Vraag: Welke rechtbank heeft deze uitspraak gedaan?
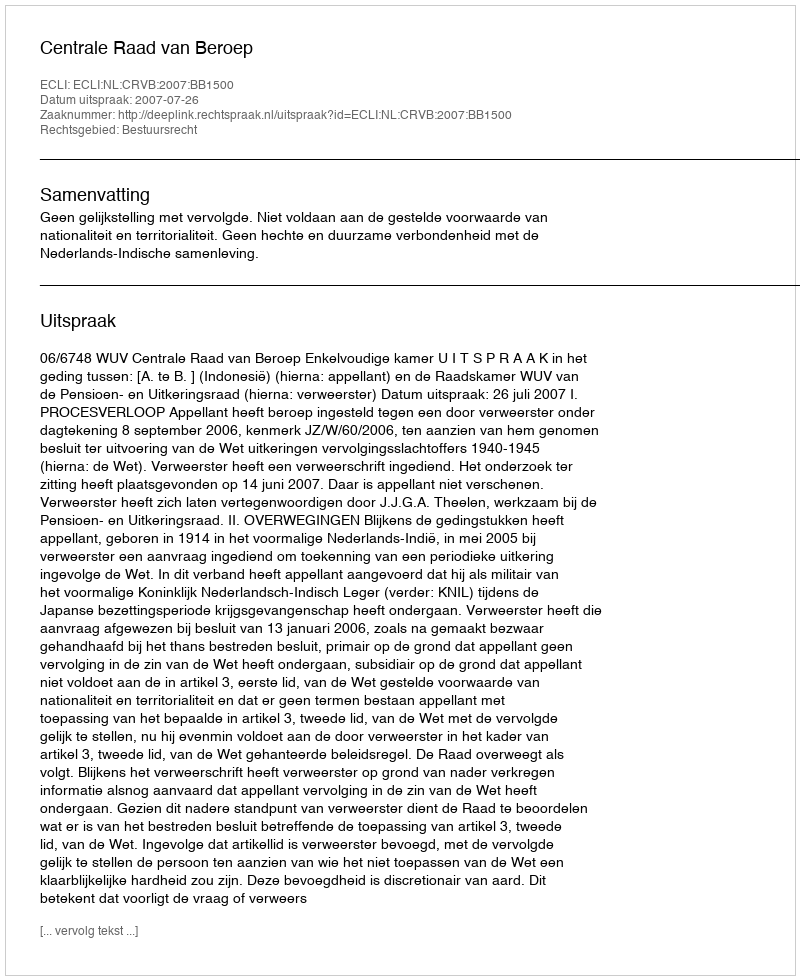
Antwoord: Centrale Raad van Beroep